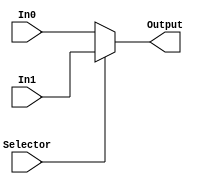
module mux_mod(In0, In1, Selector, Output);
	
	parameter SIZE = 8;
	
	input Selector;
	input [SIZE-1:0] In0, In1;
	output [SIZE-1:0] Output;
	
	assign Output = Selector?In1:In0;
	
	endmodule